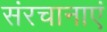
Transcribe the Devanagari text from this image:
संरचानाएं